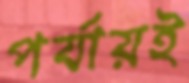
পর্যায়ই